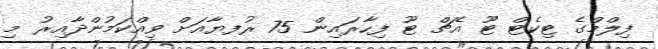
ފިލްމްގެ ޓިކެޓް ޓޫ އެޗް ޓޫ ފިހާރައިން 75 ރުފޔާއަށް ވިއްކަމުންދާއިރު މި